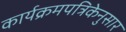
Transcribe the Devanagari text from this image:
कार्यक्रमपत्रिकेनुसार